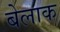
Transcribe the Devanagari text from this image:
बेलाक